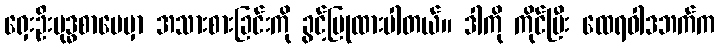
ရှေးဦးဗုဒ္ဓစာပေမှာ အသားစားခြင်းကို ခွင့်ပြုထားပါတယ်။ ဒါကို ကိုင်ပြီး ထေရဝါဒဘက်က